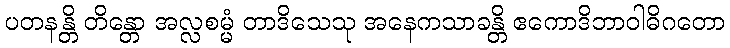
ပတနန္တိ တိန္တော အလ္လစမ္မံ တာဒိသေသု အနေကသာခန္တိ ဧကောဒိဘာဝါဓိဂတော